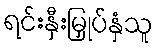
ရင်းနှီးမြှုပ်နှံသူ